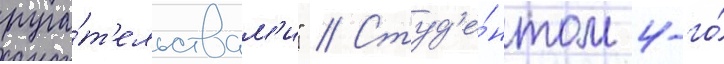
руга́т'ельствам'и" // Студ'е́нтом 4-го́